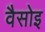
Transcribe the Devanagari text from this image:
वैसोइ